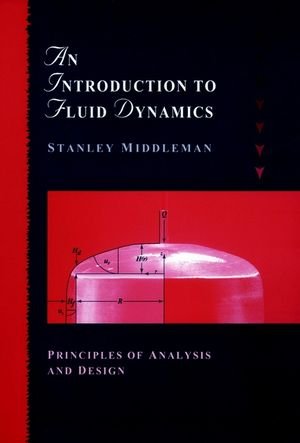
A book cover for An Introduction to Fluid Dynamics: Principles of Analysis and Design; Stanley Middleman; Engineering & Transportation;